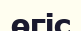
өгіс